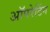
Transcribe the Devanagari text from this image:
अॉपरेटिंग